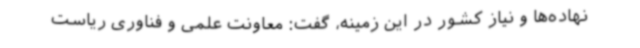
نهاده‌ها و نیاز کشور در این زمینه، گفت: معاونت علمی و فناوری ریاست